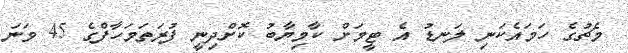
މެޗުގެ ހަމައެކަނި ލަނޑު އެ ޓީމަށް ކާމިޔާބު ކޮށްދިނީ ފުރަތަމަހާފްގެ 45 ވަނަ